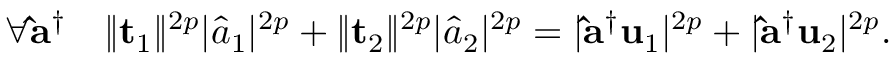
\forall \mathbf { \hat { a } } ^ { \dag } \quad \lVert \mathbf { t } _ { 1 } \rVert ^ { 2 p } \lvert \hat { a } _ { 1 } \rvert ^ { 2 p } + \lVert \mathbf { t } _ { 2 } \rVert ^ { 2 p } \lvert \hat { a } _ { 2 } \rvert ^ { 2 p } = \lvert \mathbf { \hat { a } } ^ { \dag } \mathbf { u } _ { 1 } \rvert ^ { 2 p } + \lvert \mathbf { \hat { a } } ^ { \dag } \mathbf { u } _ { 2 } \rvert ^ { 2 p } .